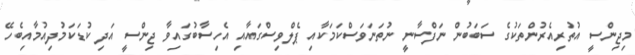
މިޖިންސީ އުތުރިއެރުންތަކުގެ ސަބަބުން ނަފްސާނީ ނުތަނަވަސްކަމަކާއި ޕެލްވިސްގައާއި އެހިސާބުގައިވާ ޖިންސީ އަދި ކުޑަކަމުދިއުމާއިބެހޭ